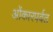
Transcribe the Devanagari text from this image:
ओंकारपर्वत